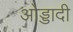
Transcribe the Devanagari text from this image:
ओड्डादी